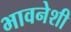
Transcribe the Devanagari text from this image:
भावनेशी